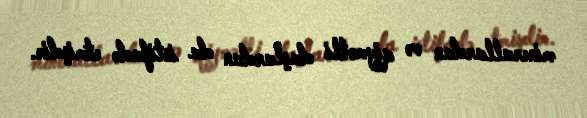
minerallardan və qiymətli daşlardan da istifadə etmişdir.